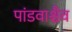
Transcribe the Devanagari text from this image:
पांडवाश्चैव